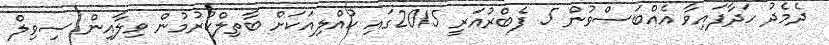
ދެމެދު ހަދާފައިވާ އެއްބަސްވުން 5 ފެބްރުއަރީ 2015ގައި ކުއްލިއަކަށް ބާތިލްކުރުމުން ވިލާއިން ސިވިލް